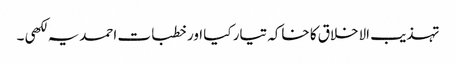
تہذیب الاخلاق کا خاکہ تیار کیا اور خطبات احمدیہ لکھی ۔